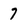
Character: 7